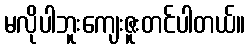
မလိုပါဘူးကျေးဇူးတင်ပါတယ်။